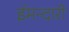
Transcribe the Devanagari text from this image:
ईमन्दारी